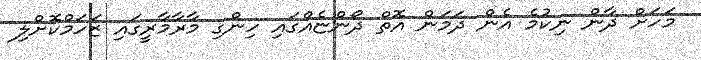
މަހަށް ދާން ނިކުމެ އެން ދަމަން އޮތް ދޯންޏެއްގައި ހިންގި މާރާމާރީގައި ޒަހަމްކޮށްލި